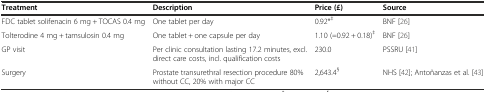
| Treatment | Description | Price (£) | Source |
 | --- | --- | --- | --- |
 | FDC tablet solifenacin 6 mg + TOCAS 0.4 mg | One tablet per day | 0.92*‡ | BNF [26] |
 | Tolterodine 4 mg + tamsulosin 0.4 mg | One tablet + one capsule per day | 1.10 (=0.92 + 0.18)‡ | BNF [26] |
 | GP visit | Per clinic consultation lasting 17.2 minutes, excl. direct care costs, incl. qualification costs | 230.0 | PSSRU [41] |
 | Surgery | Prostate transurethral resection procedure 80% without CC, 20% with major CC | 2,643.4§ | NHS [42]; Antoñanzas et al. [43] |